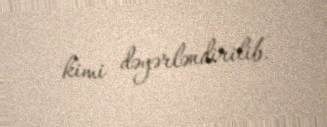
kimi dəyərləndirilib.